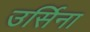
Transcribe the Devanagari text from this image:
उर्सिना